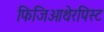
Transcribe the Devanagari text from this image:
फिजिओथेरपिस्ट